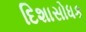
દિશાસોધક